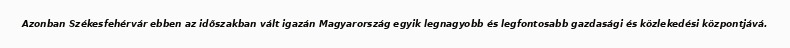
Azonban Székesfehérvár ebben az időszakban vált igazán Magyarország egyik legnagyobb és legfontosabb gazdasági és közlekedési központjává.